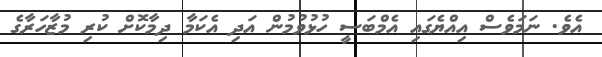
އެވެ. ނަމަވެސް އިއްޔެގައި އެމްބަސީ ހުޅުވުމުން އަދި އެކަމާ ދިމާކޮށް ކުރި މުޒާހަރާގެ